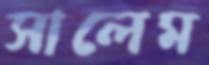
সালেম